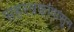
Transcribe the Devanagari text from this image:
सहस्त्रकांपासून